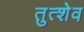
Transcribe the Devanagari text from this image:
तुत्शेव